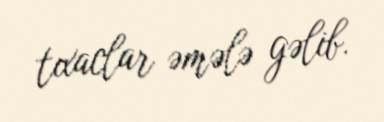
tıxaclar əmələ gəlib.